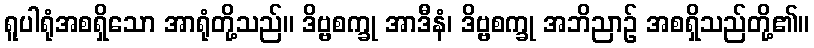
ရူပါရုံအစရှိသော အာရုံတို့သည်။ ဒိဗ္ဗစက္ခု အာဒီနံ၊ ဒိဗ္ဗစက္ခု အဘိညာဉ် အစရှိသည်တို့၏။